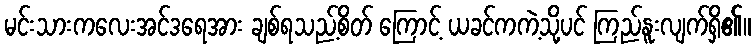
မင်းသားကလေးအင်ဒရေအား ချစ်ရသည့်စိတ် ကြောင့် ယခင်ကကဲ့သို့ပင် ကြည်နူးလျက်ရှိ၏။